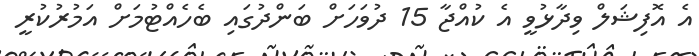
އެ އޮފިޝަލް ވިދާޅުވީ އެ ކުއްޖާ 15 ދުވަހަށް ބަންދުގައި ބެހެއްޓުމަށް އަމުރުކުރީ